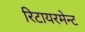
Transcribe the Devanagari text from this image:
रिटायरमेन्ट